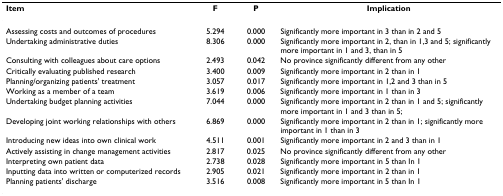
| Item | F | P | Implication |
 | --- | --- | --- | --- |
 | Assessing costs and outcomes of procedures | 5.294 | 0.000 | Significantly more important in 3 than in 2 and 5 |
 | Undertaking administrative duties | 8.306 | 0.000 | Significantly more important in 2, than in 1,3 and 5; significantly more important in 1 and 3, than in 5 |
 | Consulting with colleagues about care options | 2.493 | 0.042 | No province significantly different from any other |
 | Critically evaluating published research | 3.400 | 0.009 | Significantly more important in 2 than in 1 |
 | Planning/organizing patients' treatment | 3.057 | 0.017 | Significantly more important in 1,2 and 3 than in 5 |
 | Working as a member of a team | 3.619 | 0.006 | Significantly more important in 1 than in 3 |
 | Undertaking budget planning activities | 7.044 | 0.000 | Significantly more important in 2 than in 1 and 5; significantly more important in 1 and 3 than in 5; |
 | Developing joint working relationships with others | 6.869 | 0.000 | Significantly more important in 2 than in 1; significantly more important in 1 than in 3 |
 | Introducing new ideas into own clinical work | 4.511 | 0.001 | Significantly more important in 2 and 3 than in 1 |
 | Actively assisting in change management activities | 2.817 | 0.025 | No province significantly different from any other |
 | Interpreting own patient data | 2.738 | 0.028 | Significantly more important in 5 than In 1 |
 | Inputting data into written or computerized records | 2.905 | 0.021 | Significantly more important in 2 than in 1 |
 | Planning patients' discharge | 3.516 | 0.008 | Significantly more important in 5 than In 1 |